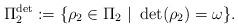
LaTeX: \begin{align*}\Pi_2^{\det} := \{\rho_2 \in \Pi_2 \ | \ \det(\rho_2)=\omega\}.\end{align*}